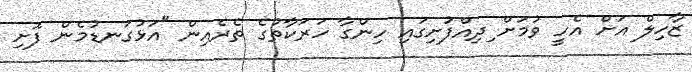
ޒާހިލް އަށް އެހީ ވުމަށް ިދިއްފުށިގައި ހިންގާ ހަރަކާތުގެ ތެރެއިން "އަޅުގަނޑުމެން ފޮށި